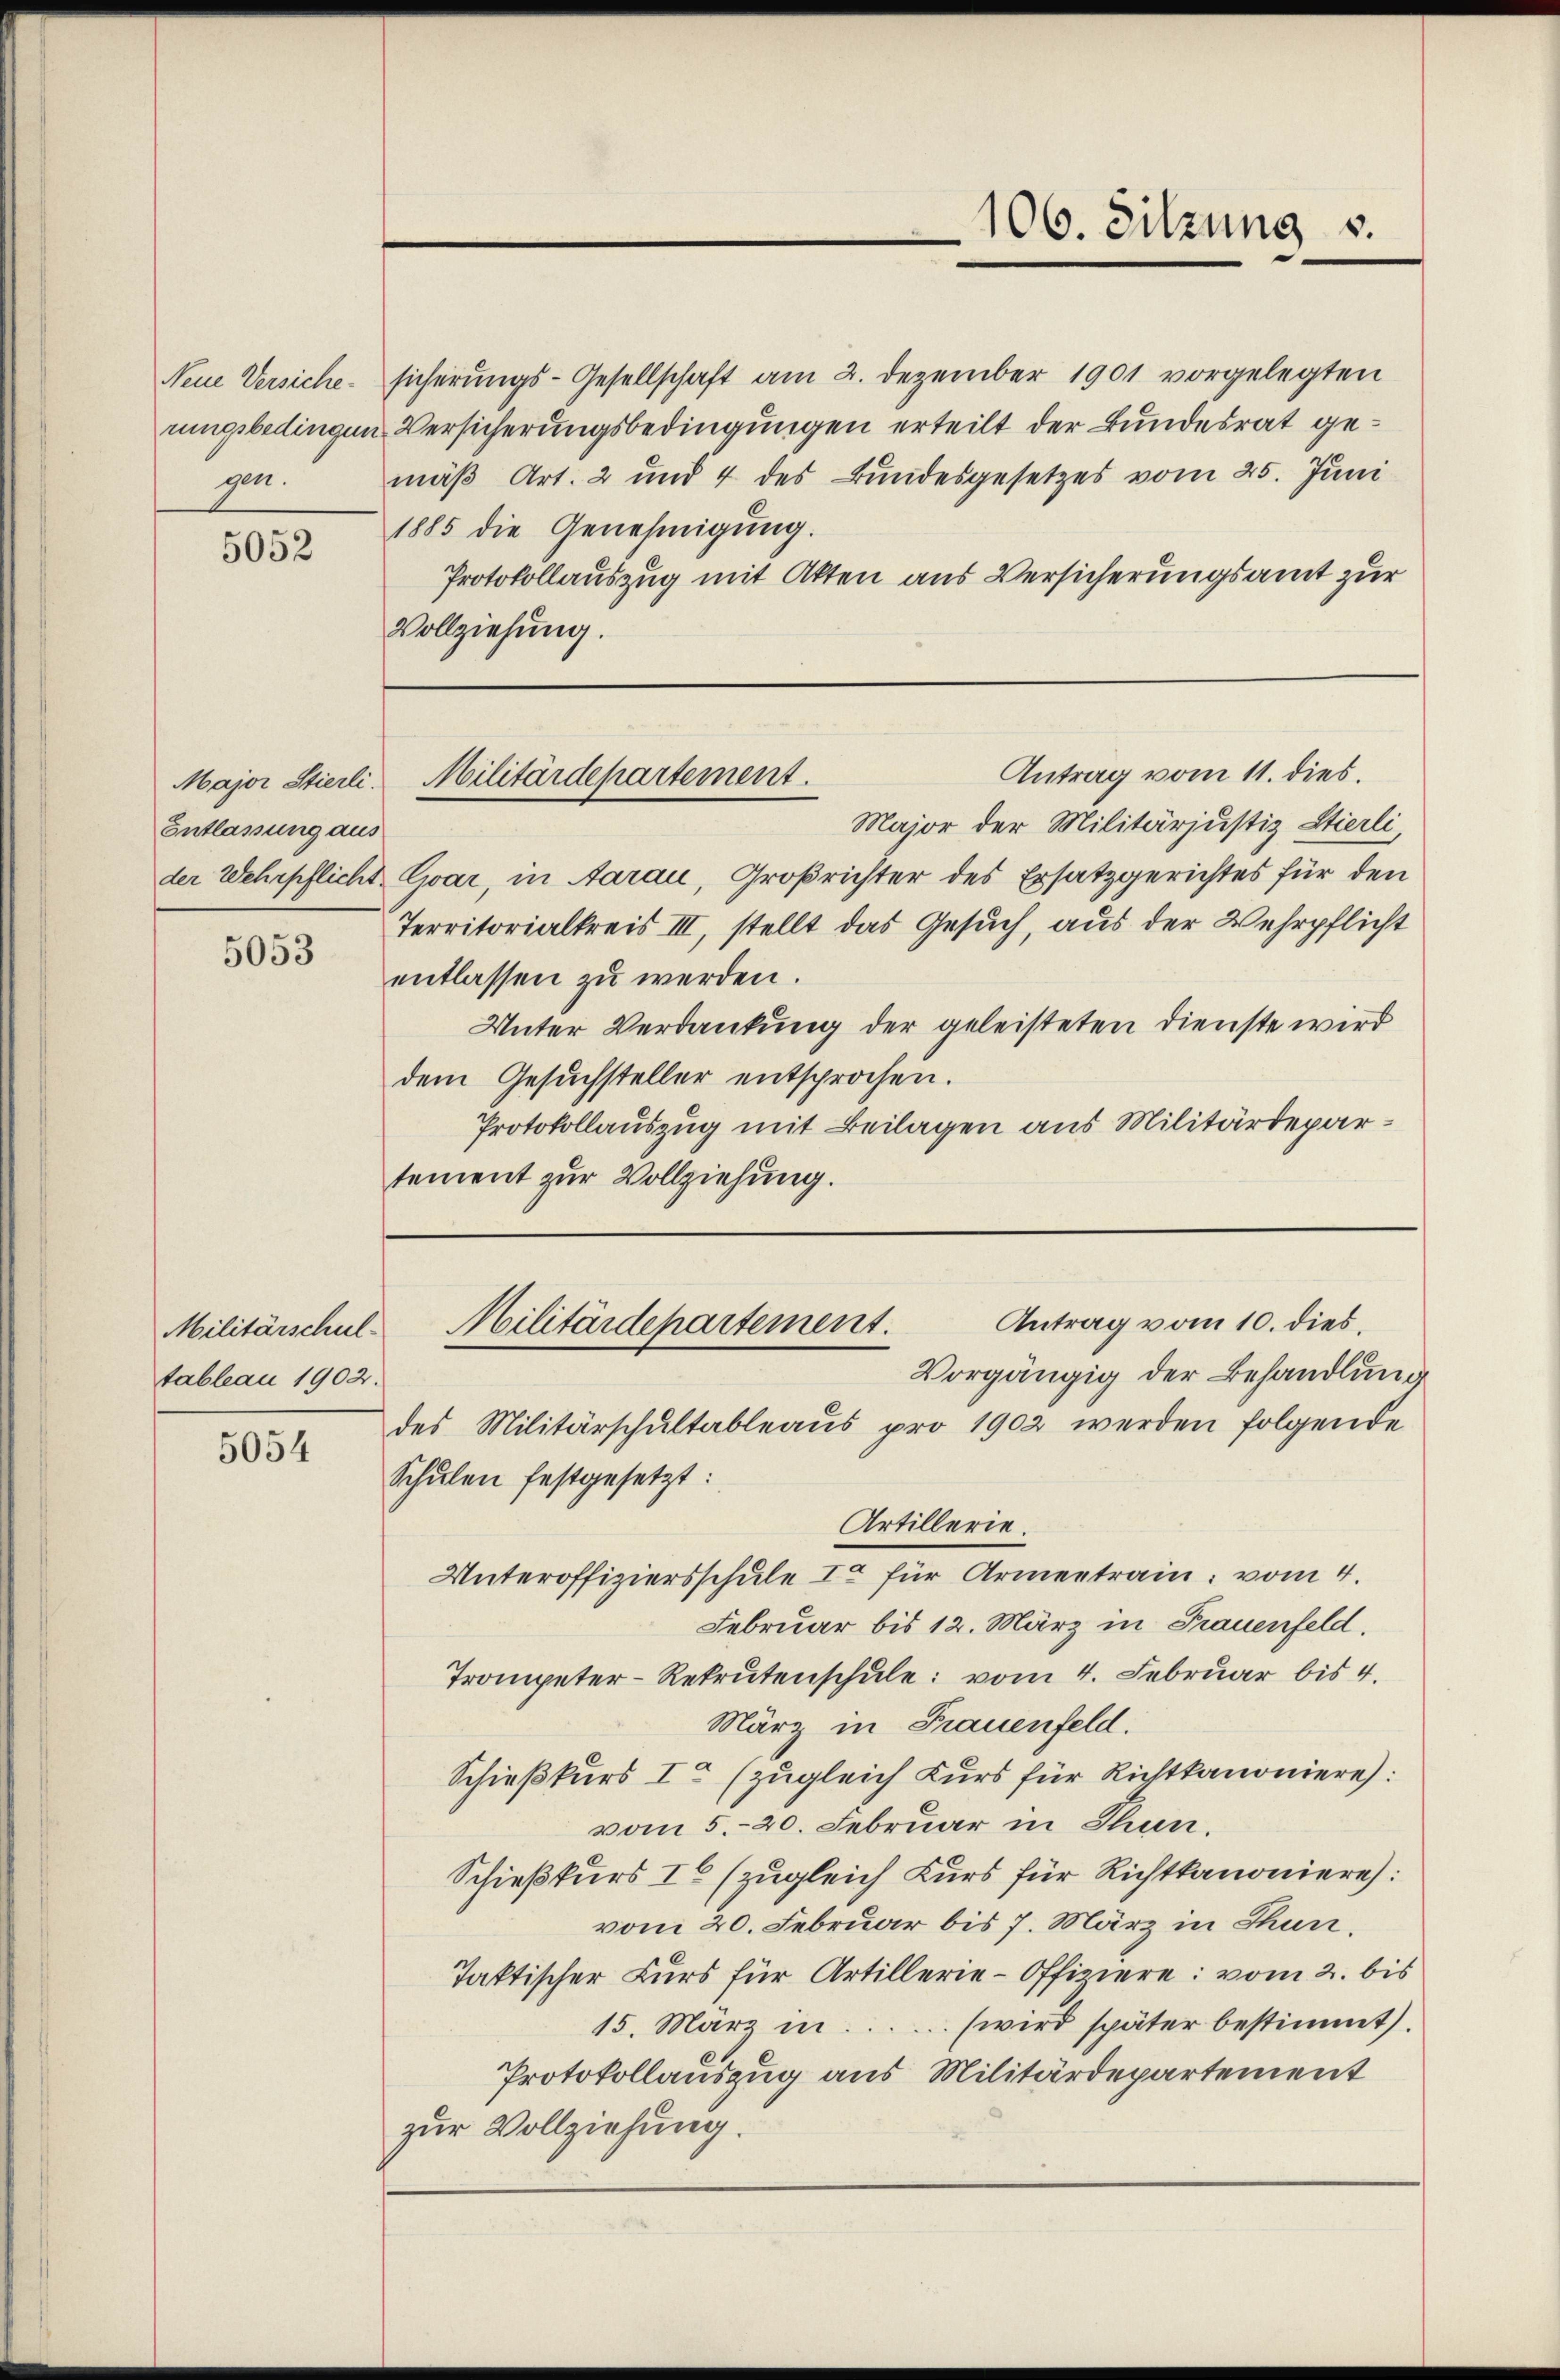
Neue Versiche
gen.

5052

Entlassung aus

5053

Militärschultableau 1902.

5054

sicherungs-Gesellschaft am 2. Dezember 1901 vorgelegten
rungsbedingen Versicherungsbedingungen erteilt der Bundesrat gemäß Art. 2 und 4 des Bundesgesetzes vom 25. Juni
1885 die Genehmigung.
Protokollauszug mit Akten aus Versicherungsamt zur
Vollziehung.
Antrag vom 11. dies.
Major der Militärjustiz Stierli,
der Wehrpflicht Evar, in Aarau, Großrichter des Ersatzgerichtes für den
Territorialkreis III, stellt das Gesŭch, aus der Wehrpflicht
entlassen zu werden.
Unter Verdankung der geleisteten Dienste wird
dem Gesuchsteller entsprochen.
Protokollauszug mit Beilagen aus Militärdepartement zur Vollziehung.

Major Stierli. Militärdepartement.

des Militärschultableaus pro 1902 werden folgende
Schŭlen festgesetzt:
Artillerie
Unteroffiziersschule I für Armentrain vom 4.
Februar bis 12. März in Frauenfeld.
Trompeter-Rekrutenschule: vom 4. Februar bis 4.
März in Frauenfeld.
Schießkurs I. (zugleich Kurs für Richtkanoniere):
vom 5. 20. Februar in Thun.
Schießkurs IC (zugleich Kurs für Richtkanoniere):
vom 20. Februar bis 7. März in Thun.
Taktischer Kurs für Artillerie-Offiziere: vom 2. bis
15. März in ... (wird später bestimmt).
Protokollauszug aus Militärdepartement
zur Vollziehung.

106. Sitzung v.

Antrag vom 10. dies,
Militärdepartement.
Vorgängig der Behandlung